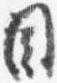
目